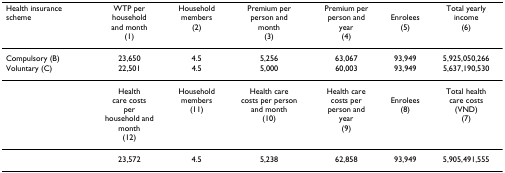
| Health insurance scheme | WTP perhouseholdand month(1) | Householdmembers(2) | Premium perperson andmonth(3) | Premium perperson andyear(4) | Enrolees(5) | Total yearlyincome(6) |
 | --- | --- | --- | --- | --- | --- | --- |
 | Compulsory (B) | 23,650 | 4.5 | 5,256 | 63,067 | 93,949 | 5,925,050,266 |
 | Voluntary (C) | 22,501 | 4.5 | 5,000 | 60,003 | 93,949 | 5,637,190,530 |
 |  | Healthcare costsperhousehold andmonth(12) | Householdmembers(11) | Health carecosts per personand month(10) | Health carecosts per person andyear(9) | Enrolees(8) | Total healthcare costs(VND)(7) |
 |  | 23,572 | 4.5 | 5,238 | 62,858 | 93,949 | 5,905,491,555 |